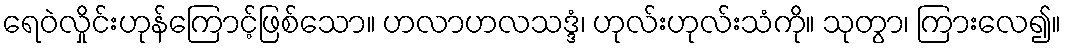
ရေဝဲလှိုင်းဟုန်ကြောင့်ဖြစ်သော။ ဟလာဟလသဒ္ဒံ၊ ဟုလ်းဟုလ်းသံကို။ သုတွာ၊ ကြားလေ၍။